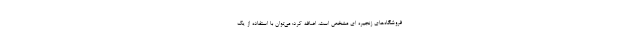
فروشگاه‌های زنجیره ای مشخص است، اضافه کرد: می‌توان با استفاده از یک